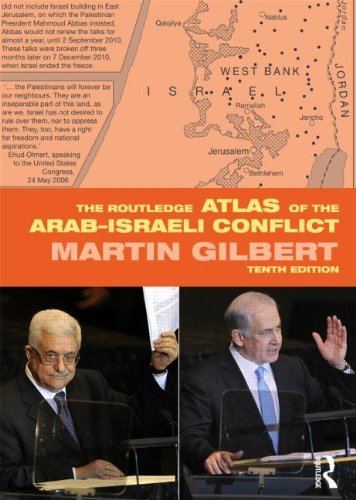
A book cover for The Routledge Atlas of the Arab-Israeli Conflict (Routledge Historical Atlases); Martin Gilbert; History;